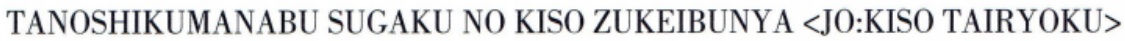
TANOSHIKUMANABU SUGAKU NO KISO ZUKEIBUNYA <JO:KISO TAIRYOKU>